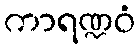
ကာရဏ္ဍဝံ